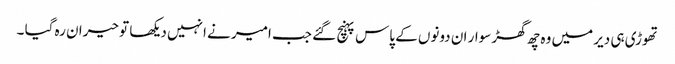
تھوڑی ہی دیر میں وہ چھ گھڑ سوار ان دونوں کے پاس پہنچ گئے جب امیر نے انہیں دیکھا تو حیران رہ گیا ۔